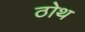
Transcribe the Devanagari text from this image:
ठोथ